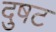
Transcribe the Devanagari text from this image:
दुषट